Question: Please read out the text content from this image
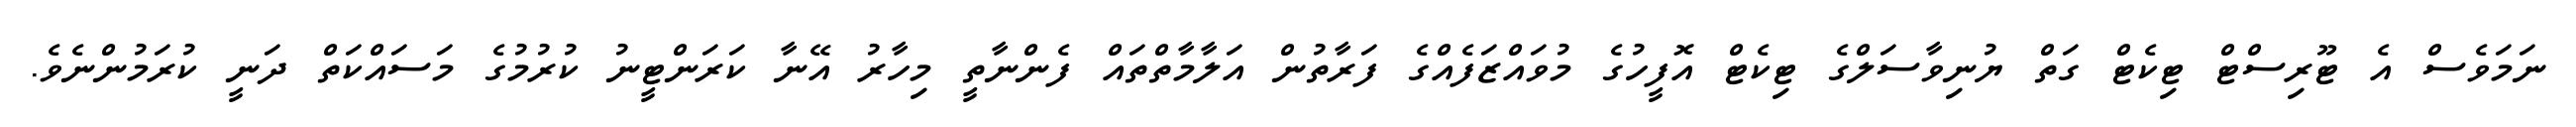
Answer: ނަމަވެސް އެ ޓޫރިސްޓް ޓިކެޓް ގަތް ޔުނިވާސަލްގެ ޓިކެޓް އޮފީހުގެ މުވައްޒަފެއްގެ ފަރާތުން އަލާމާތްތައް ފެންނާތީ މިހާރު އޭނާ ކަރަންޓީނު ކުރުމުގެ މަސައްކަތް ދަނީ ކުރަމުންނެވެ.